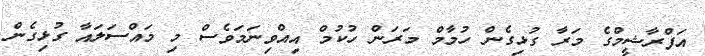
އަފްރާޝީމްގެ މަރާ ގުޅިގެން ހުމާމް މަރަން ހުކުމް އިއްވިނަމަވެސް މި މައްސަލައާ ގުޅިގެން